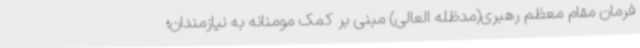
فرمان مقام معظم رهبری(مدظله العالی) مبنی بر کمک مومنانه به نیازمندان؛